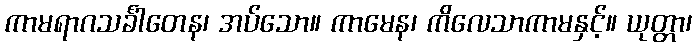
ကာမရာဂသင်္ခါတေန၊ အပ်သော။ ကာမေန၊ ကိလေသာကာမနှင့်။ ယုတ္တာ၊